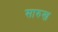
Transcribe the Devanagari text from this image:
सारुख